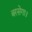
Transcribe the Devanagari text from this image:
बरसेगा।